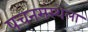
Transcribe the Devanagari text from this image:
पचनसंस्थेला